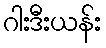
ဂါးဒီးယန်း